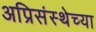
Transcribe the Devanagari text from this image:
अप्रिसंस्थेच्या